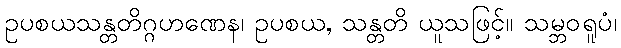
ဥပစယသန္တတိဂ္ဂဟဏေန၊ ဥပစယ, သန္တတိ ယူသဖြင့်။ သမ္ဘဝရူပံ၊